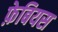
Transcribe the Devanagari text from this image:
फ़ेबियस